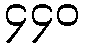
၄၄၀